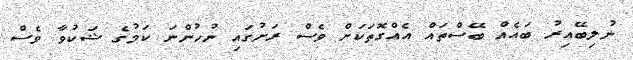
ނުލިބޭއިރު ބައެއް ބޭސްތައް އެއްގޮތަކަށް ވެސް ރަށުގައި ނުހުންނަ ކަމުގެ ޝަކުވާ ވެސް